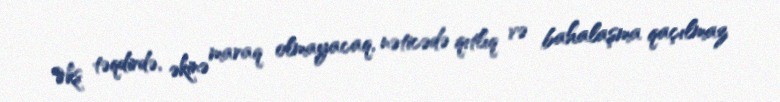
Əks təqdirdə, əkinə maraq olmayacaq, nəticədə qıtlıq və bahalaşma qaçılmaz